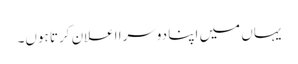
یہاں میں اپنا دوسرا اعلان کرتا ہوں۔